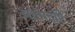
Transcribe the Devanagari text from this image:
आत्मदृष्टि